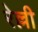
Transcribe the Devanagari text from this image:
रेल्ली